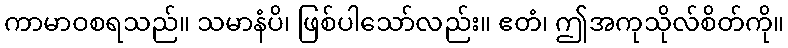
ကာမာဝစရသည်။ သမာနံပိ၊ ဖြစ်ပါသော်လည်း။ ဧတံ၊ ဤအကုသိုလ်စိတ်ကို။